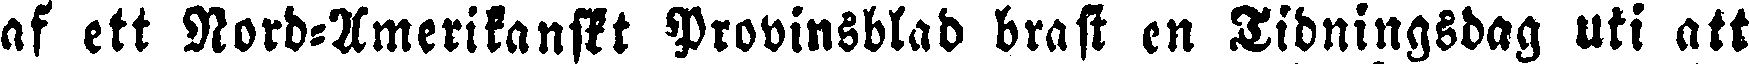
af ett Nord-Amerikanskt Provinsblad brast en Tidningsdag uti att